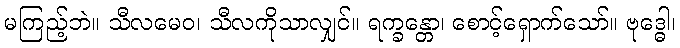
မကြည့်ဘဲ။ သီလမေဝ၊ သီလကိုသာလျှင်။ ရက္ခန္တော၊ စောင့်ရှောက်သော်။ ဗုဒ္ဓေါ၊